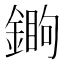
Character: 𨪵